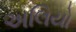
અલિયો